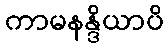
ကာမနန္ဒိယာပိ